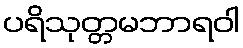
ပရိသုတ္တမဘာရဝါ